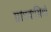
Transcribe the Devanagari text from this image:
ग्रामवासियो